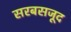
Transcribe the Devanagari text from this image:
सरबसजूद